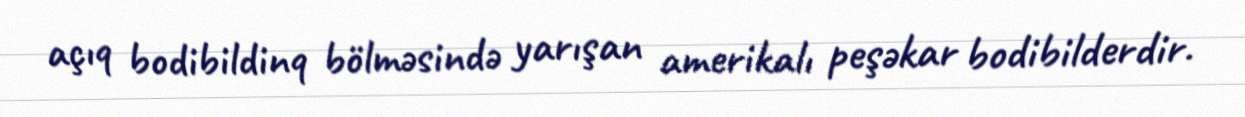
açıq bodibildinq bölməsində yarışan amerikalı peşəkar bodibilderdir.